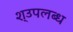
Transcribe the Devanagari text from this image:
श्उपलब्ध